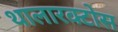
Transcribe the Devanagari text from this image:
थालारक्टोस